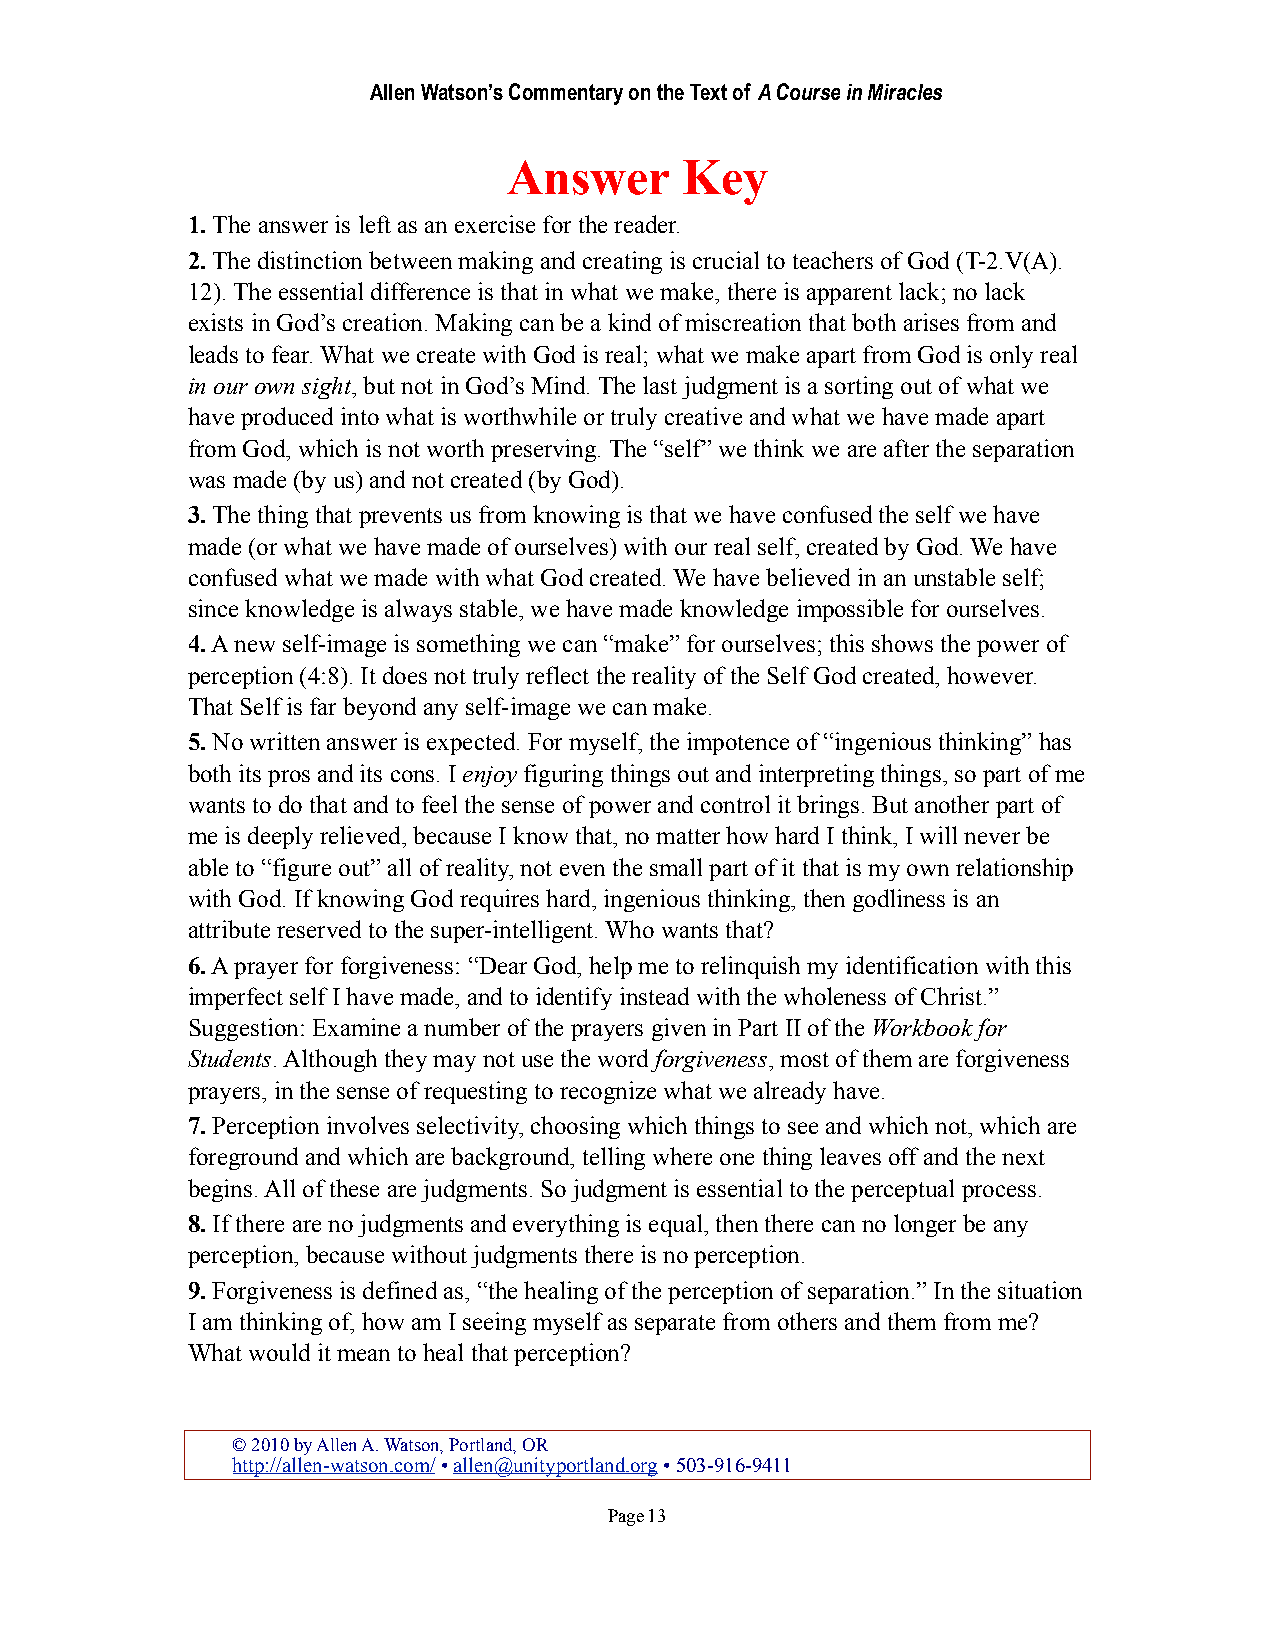
Allen Watson’s Commentary on the Text of A Course in Miracles
 Answer     Key
 1. The answer is left as an exercise for the reader.
 2. The distinction between making and creating is crucial to teachers of God (T-2.V(A).
 12). The essential difference is that in what we make, there is apparent lack; no lack
 exists in God’s creation. Making can be a kind of miscreation that both arises from and
 leads to fear. What we create with God is real; what we make apart from God is only real
 in our own sight, but not in God’s Mind. The last judgment is a sorting out of what we
 have produced into what is worthwhile or truly creative and what we have made apart
 from God, which is not worth preserving. The “self” we think we are after the separation
 was made (by us) and not created (by God).
 3. The thing that prevents us from knowing is that we have confused the self we have
 made (or what we have made of ourselves) with our real self, created by God. We have
 confused what we made with what God created. We have believed in an unstable self;
 since knowledge is always stable, we have made knowledge impossible for ourselves.
 4. A new self-image is something we can “make” for ourselves; this shows the power of
 perception (4:8). It does not truly reflect the reality of the Self God created, however.
 That Self is far beyond any self-image we can make.
 5. No written answer is expected. For myself, the impotence of “ingenious thinking” has
 both its pros and its cons. I enjoy figuring things out and interpreting things, so part of me
 wants to do that and to feel the sense of power and control it brings. But another part of
 me is deeply relieved, because I know that, no matter how hard I think, I will never be
 able to “figure out” all of reality, not even the small part of it that is my own relationship
 with God. If knowing God requires hard, ingenious thinking, then godliness is an
 attribute reserved to the super-intelligent. Who wants that?
 6. A prayer for forgiveness: “Dear God, help me to relinquish my identification with this
 imperfect self I have made, and to identify instead with the wholeness of Christ.”
 Suggestion: Examine a number of the prayers given in Part II of the Workbook for
 Students. Although they may not use the word forgiveness, most of them are forgiveness
 prayers, in the sense of requesting to recognize what we already have.
 7. Perception involves selectivity, choosing which things to see and which not, which are
 foreground and which are background, telling where one thing leaves off and the next
 begins. All of these are judgments. So judgment is essential to the perceptual process.
 8. If there are no judgments and everything is equal, then there can no longer be any
 perception, because without judgments there is no perception.
 9. Forgiveness is defined as, “the healing of the perception of separation.” In the situation
 I am thinking of, how am I seeing myself as separate from others and them from me?
 What would it mean to heal that perception?
 © 2010 by Allen A. Watson, Portland, OR
 http://allen-watson.com/ • allen@unityportland.org • 503-916-9411
 Page 13